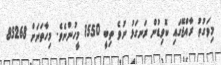
މިވަގުތު ރާއްޖޭގައި ކޮވިޑުން ރަނގަޅު ނުވެ ތިބީ 1550 މީހުންނެވެ. މިހާތަނަށް 85268